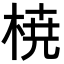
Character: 𣓤